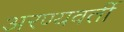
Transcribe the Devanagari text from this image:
अरण्यवर्ती